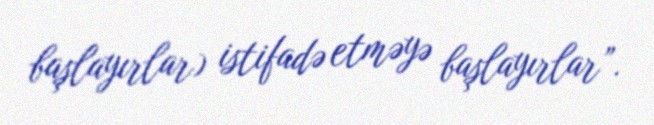
başlayırlar) istifadə etməyə başlayırlar”.